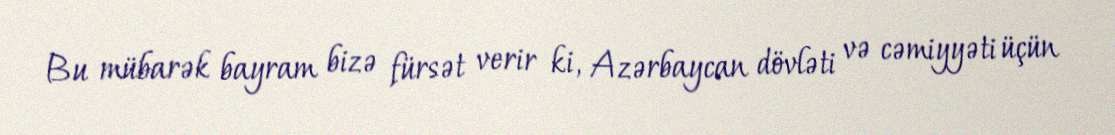
Bu mübarək bayram bizə fürsət verir ki, Azərbaycan dövləti və cəmiyyəti üçün